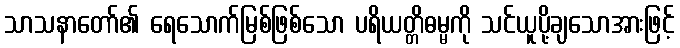
သာသနာတော်၏ ရေသောက်မြစ်ဖြစ်သော ပရိယတ္တိဓမ္မကို သင်ယူပို့ချသောအားဖြင့်